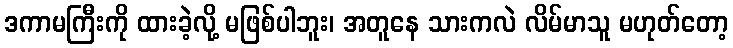
ဒကာမကြီးကို ထားခဲ့လို့ မဖြစ်ပါဘူး၊ အတူနေ သားကလဲ လိမ်မာသူ မဟုတ်တော့